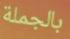
بالجملة